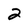
Character: 2